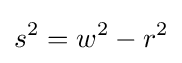
s^{2}=w^{2}-r^{2}